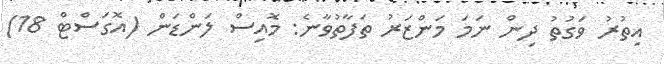
އިތުރު ވަގުތު ދިން ނަމަ މަންޒަރު ތަފާތުވާނެ: މޮއިސް ލަންޑަން (އޮގަސްޓް 18)